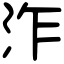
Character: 泎